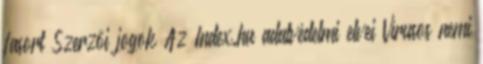
fasort Szerzői jogok Az Index.hu adatvédelmi elvei Vírusos nemi